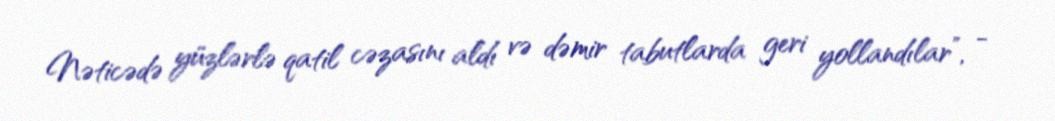
Nəticədə yüzlərlə qatil cəzasını aldı və dəmir tabutlarda geri yollandılar”, -